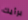
برأيك